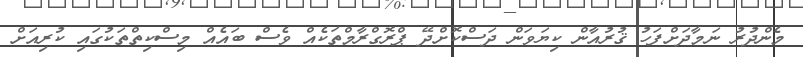
މެންދުރު ނަމާދަށްފަހު ޤުރުއާން ކިޔަވަން ދަސްކޮށްދޭ ޕްރޮގްރާމްތަކެއް ވެސް ބައެއް މިސްކިތްތަކުގައި ކުރިއަށް